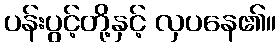
ပန်းပွင့်တို့နှင့် လှပနေ၏။